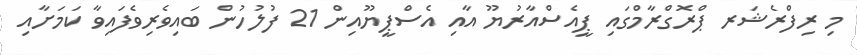
މި ރިފްރެޝަރ ޕްރޮގްރާމްގައި ޕީއެސްއާރުޔޫ އާއި އެސްޕީޔޫއިން 21 ފުލުހުން ބައިވެރިވެފައިވާ ކަމަށާއި